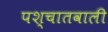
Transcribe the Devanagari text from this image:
पश्चातवाली